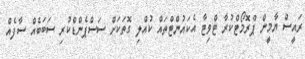
ރައީސް ޔާމީން ޕްރޮމޯޓްކުރާ ޓްވިޓާ އެކައުންޓްތައް ކުއްލި ގޮތަކަށް ސަސްޕެންޑްކުރި ސަބަބެއް ސާފެއް